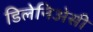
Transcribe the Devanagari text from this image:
डिलेनिअेसी